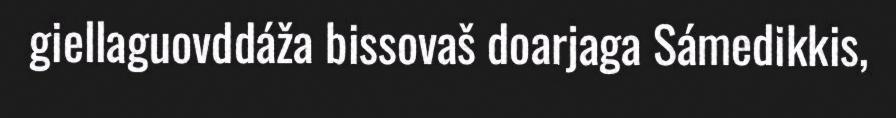
giellaguovddáža bissovaš doarjaga Sámedikkis,